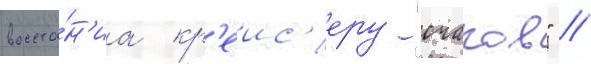
восста́н'иа кр'еис'еру "очаков" //